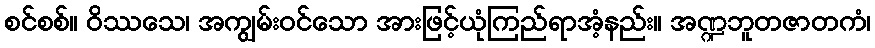
စင်စစ်။ ဝိဿသေ၊ အကျွမ်းဝင်သော အားဖြင့်ယုံကြည်ရာအံ့နည်း။ အဏ္ဍဘူတဇာတကံ၊